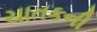
ચાતકની